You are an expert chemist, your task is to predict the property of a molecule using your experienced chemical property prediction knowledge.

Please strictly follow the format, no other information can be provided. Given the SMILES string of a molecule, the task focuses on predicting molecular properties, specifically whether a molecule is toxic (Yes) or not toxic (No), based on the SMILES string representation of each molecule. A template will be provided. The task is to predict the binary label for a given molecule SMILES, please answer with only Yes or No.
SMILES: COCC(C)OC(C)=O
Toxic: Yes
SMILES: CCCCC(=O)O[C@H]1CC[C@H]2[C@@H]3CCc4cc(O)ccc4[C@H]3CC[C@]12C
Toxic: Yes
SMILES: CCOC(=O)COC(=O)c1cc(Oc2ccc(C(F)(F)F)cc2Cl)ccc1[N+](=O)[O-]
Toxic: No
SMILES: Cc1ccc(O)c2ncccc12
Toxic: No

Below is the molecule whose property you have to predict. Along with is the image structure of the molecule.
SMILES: N#CC(c1ccc(Cl)cc1)c1c(Cl)cc(-n2ncc(=O)[nH]c2=O)cc1Cl
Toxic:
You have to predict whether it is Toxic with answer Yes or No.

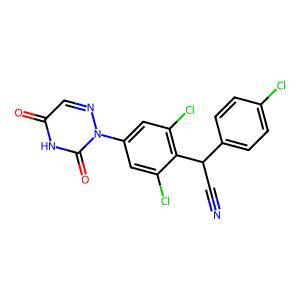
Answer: No